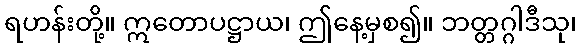
ရဟန်းတို့။ ဣတောပဋ္ဌာယ၊ ဤနေ့မှစ၍။ ဘတ္တဂ္ဂါဒီသု၊